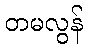
တမလွန်